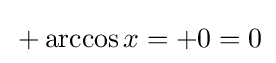
\,+\arccos x=+0=0